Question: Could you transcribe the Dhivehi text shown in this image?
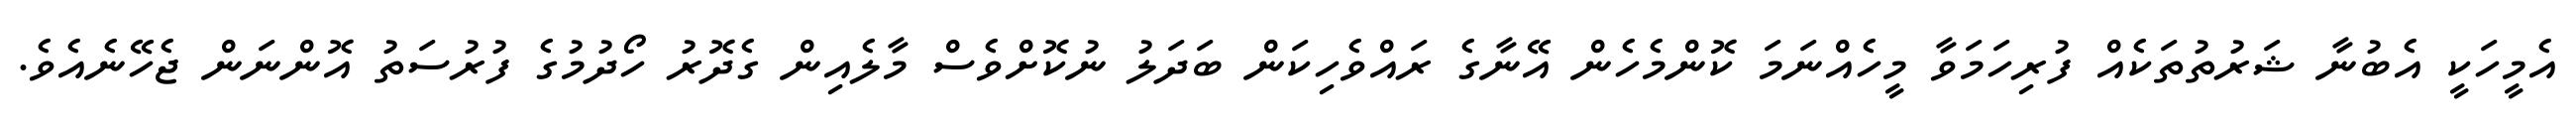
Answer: އެމީހަކީ އެބުނާ ޝަރުތުތަކެއް ފުރިހަމަވާ މީހެއްނަމަ ކޮންމެހެން އޭނާގެ ރައްވެހިކަން ބަދަލު ނުކޮށްވެސް މާލެއިން ގެދޮރު ހޯދުމުގެ ފުރުސަތު އޮންނަން ޖެހޭނެއެވެ.